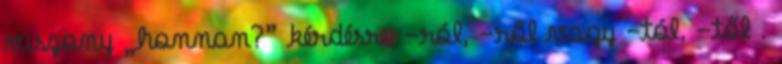
viszony „honnan?” kérdésre: -ról, -ről vagy -tól, -től .